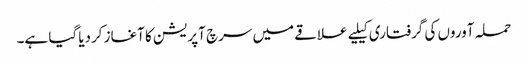
حملہ آوروں کی گرفتاری کیلیے علاقے میں سرچ آپریشن کا آغاز کردیا گیا ہے۔